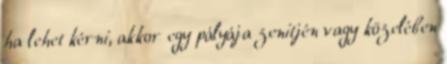
ha lehet kérni, akkor egy pályája zenitjén vagy közelében